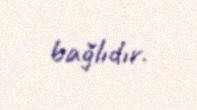
bağlıdır.